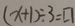
( x + 1 ) \div 3 = \square